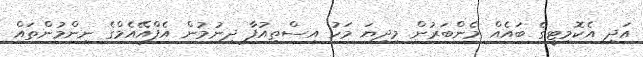
އަދި އެކޮމިޓީގެ ބައެއް މެންބަރުން މިދިޔަ މަހު އިސްތިއުފާ ދިނުމުން އެފްއޭއެމްގެ ނިންމުންތައް